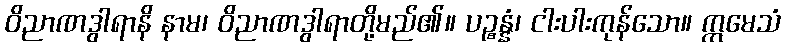
ဝိညာဏဒွါရာနိ နာမ၊ ဝိညာဏဒွါရာတို့မည်၏။ ပဉ္စန္နံ၊ ငါးပါးကုန်သော။ ဣမေသံ